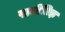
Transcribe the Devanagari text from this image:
राजीतिज्ञ